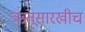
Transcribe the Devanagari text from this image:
ऋतूसारखीच